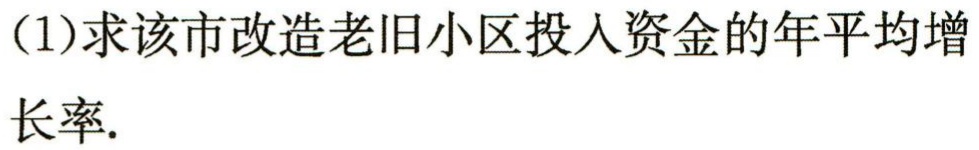
(1)求该市改造老旧小区投入资金的年平均增长率.